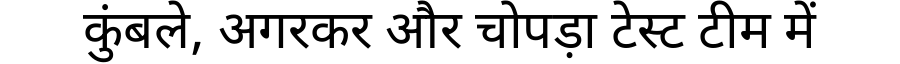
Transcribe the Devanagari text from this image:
कुंबले, अगरकर और चोपड़ा टेस्ट टीम में